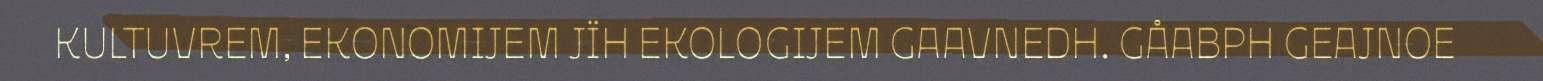
KULTUVREM, EKONOMIJEM JÏH EKOLOGIJEM GAAVNEDH. GÅABPH GEAJNOE